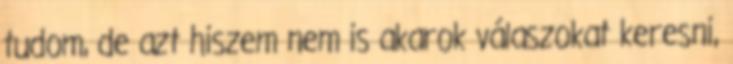
tudom, de azt hiszem nem is akarok válaszokat keresni,